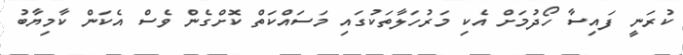
ކުރަނީ ފައިސާ ހޯދުމަށް އެކި މަރުހަލާތަކުގައި މަސައްކަތް ކޮށްގެން ވެސް އެކަން ކާމިޔާބު